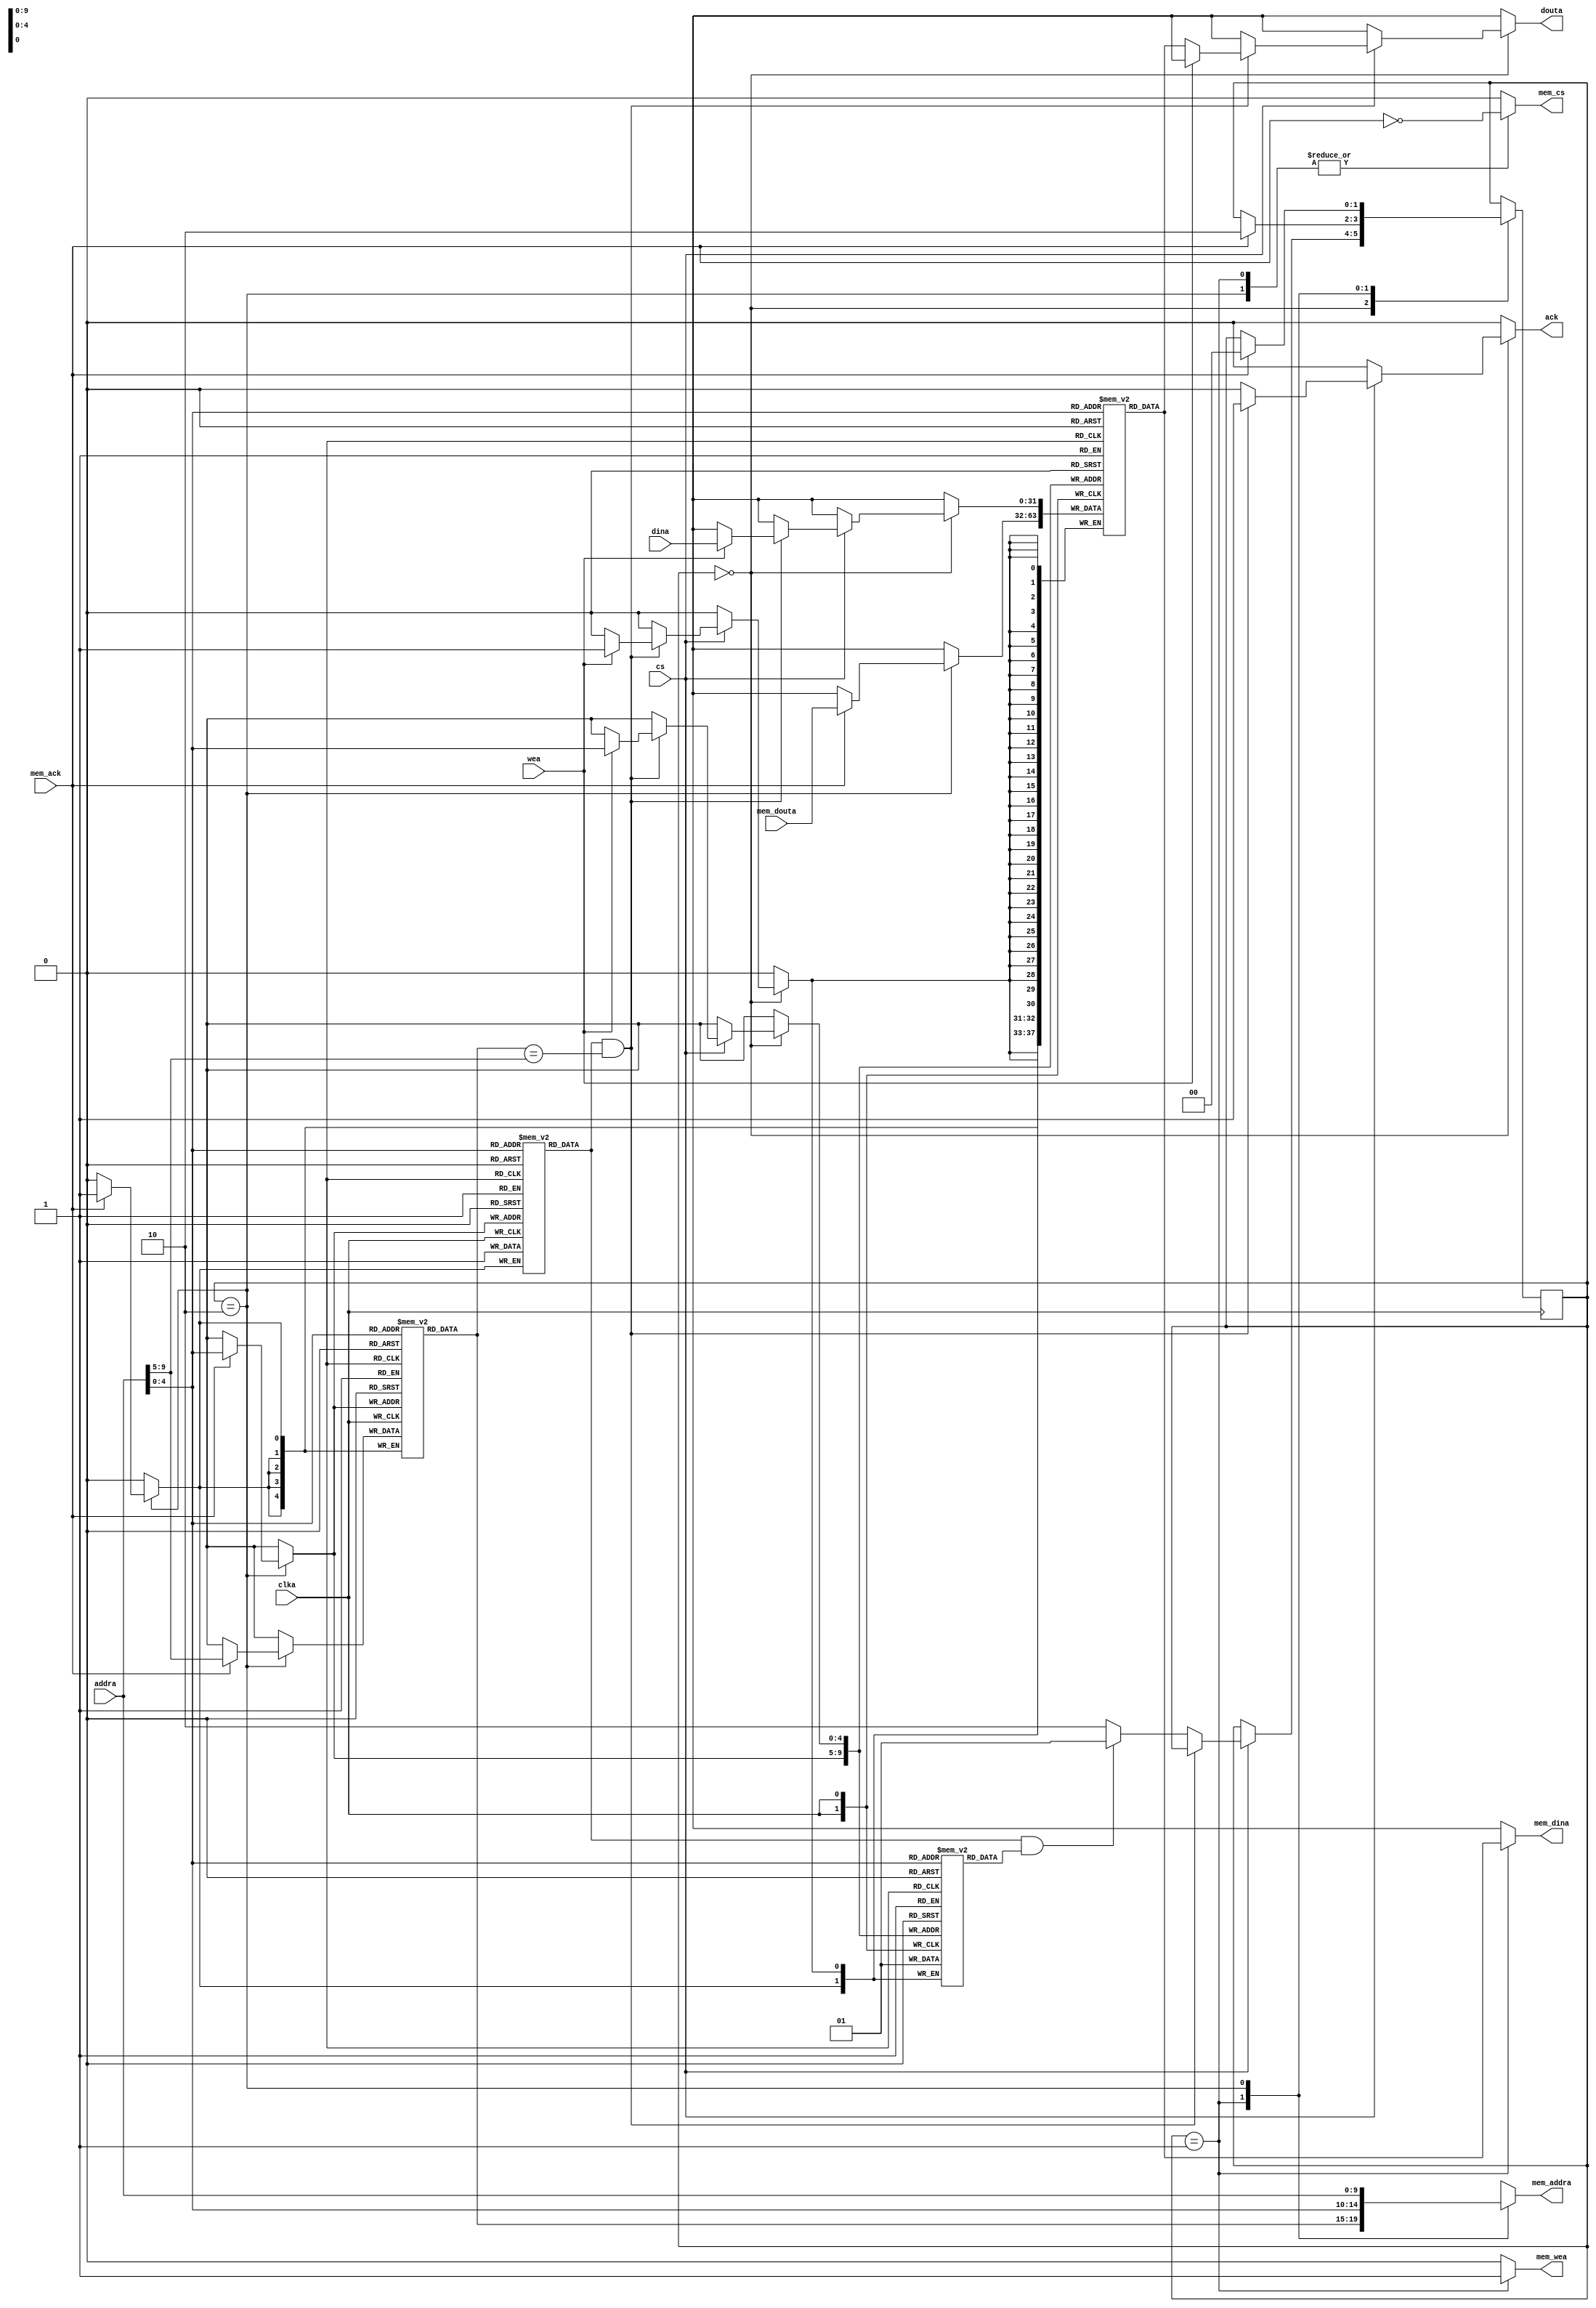
// direct-mapped; write-back; write-allocate
module CMU #(
	parameter ADDR_W = 10,
	parameter INDEX_W = 5
) (
	input wire clka,
	// CPU interface
	input wire cs,
	input wire wea,
	input wire [ADDR_W-1:0] addra,
	input wire [31:0] dina,
	output reg [31:0] douta,
	output reg ack,
	// Mem interface
	output reg mem_cs,
	output reg mem_wea,
	output reg [ADDR_W-1:0] mem_addra,
	output reg [31:0] mem_dina,
	input [31:0] mem_douta,
	input mem_ack
	);

	reg _v [0:(1<<INDEX_W)-1];
	reg _d [0:(1<<INDEX_W)-1];
	reg [9-INDEX_W:0] _tag [0:(1<<INDEX_W)-1];
	reg [31:0] _data [0:(1<<INDEX_W)-1];
	
	integer i;
	initial	begin
		for (i=0; i < 1<<INDEX_W; i=i+1) begin
			_v[i] = 0;
		end
	end

	wire [INDEX_W-1:0] index = addra[INDEX_W-1:0];
	wire [ADDR_W-INDEX_W-1:0] tag = addra[ADDR_W-1:INDEX_W];
	wire hit = _v[index] && (_tag[index] == tag);
	
	parameter 
		IDLE = 2'd0,
		BACK = 2'd1,
		ALLOCATE = 2'd2;
	reg [1:0] state = IDLE;

	always @(posedge clka) begin
		case (state)
			IDLE: begin
				if (cs) begin
					if (hit) begin
						if (wea) begin
							_data[index] <= dina;
							_d[index] <= 1;							
						end
					end
					// write allocate
					else begin
						// write back
						if (_v[index] && _d[index])
							state <= BACK;
						else
							state <= ALLOCATE;
					end					
				end
			end
			BACK: begin
				if (mem_ack)
					state <= ALLOCATE;
			end
			ALLOCATE: begin
				if (mem_ack) begin
					_v[index] <= 1;
					_d[index] <= 0;
					_tag[index] <= tag;
					_data[index] <= mem_douta;

					state <= IDLE;
				end
			end
		endcase
	end

	always @(*) begin
		douta = 'bx; ack = 'b0;
		mem_cs = 'b0; mem_wea = 'b0; 
		mem_addra = 'bx; mem_dina = 'bx;
		case (state)
			IDLE: begin
				if (cs) begin
					if (hit) begin
						ack = 1;
						if (~wea)
							douta = _data[index];
					end					
				end
			end
			BACK: begin
				mem_wea = 1;
				mem_cs = ~mem_ack;
				mem_addra = {_tag[index], index};
				mem_dina = _data[index];
			end
			ALLOCATE: begin
				mem_cs = ~mem_ack;
				mem_addra = {tag, index};
			end
		endcase
	end

//! addr_change in BACK state results in new cache block be written
// robust to addr_change in ALLOCATE state
endmodule